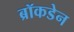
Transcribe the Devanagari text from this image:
ब्रॉकडेन